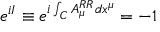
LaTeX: e ^ { i I } \equiv e ^ { i \int _ { C } A _ { \mu } ^ { R R } d x ^ { \mu } } = - 1